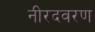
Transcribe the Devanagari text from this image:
नीरदवरण